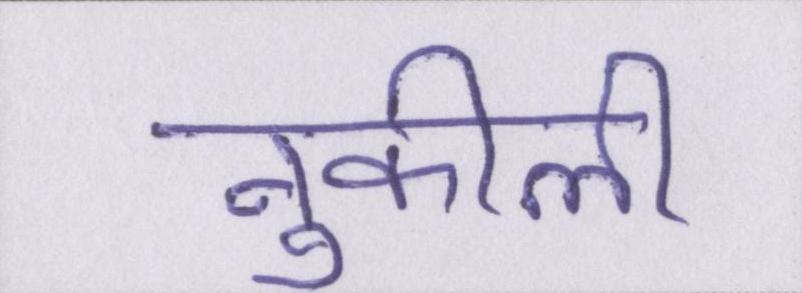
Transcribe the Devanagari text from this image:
नुकीली